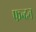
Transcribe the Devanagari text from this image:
फन्दन